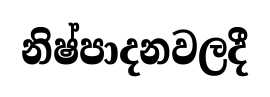
නිෂ්පාදනවලදී